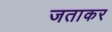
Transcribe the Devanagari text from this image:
जताकर